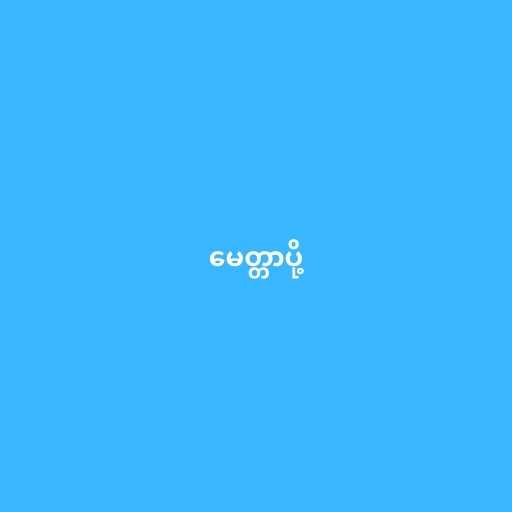
မေတ္တာပို့